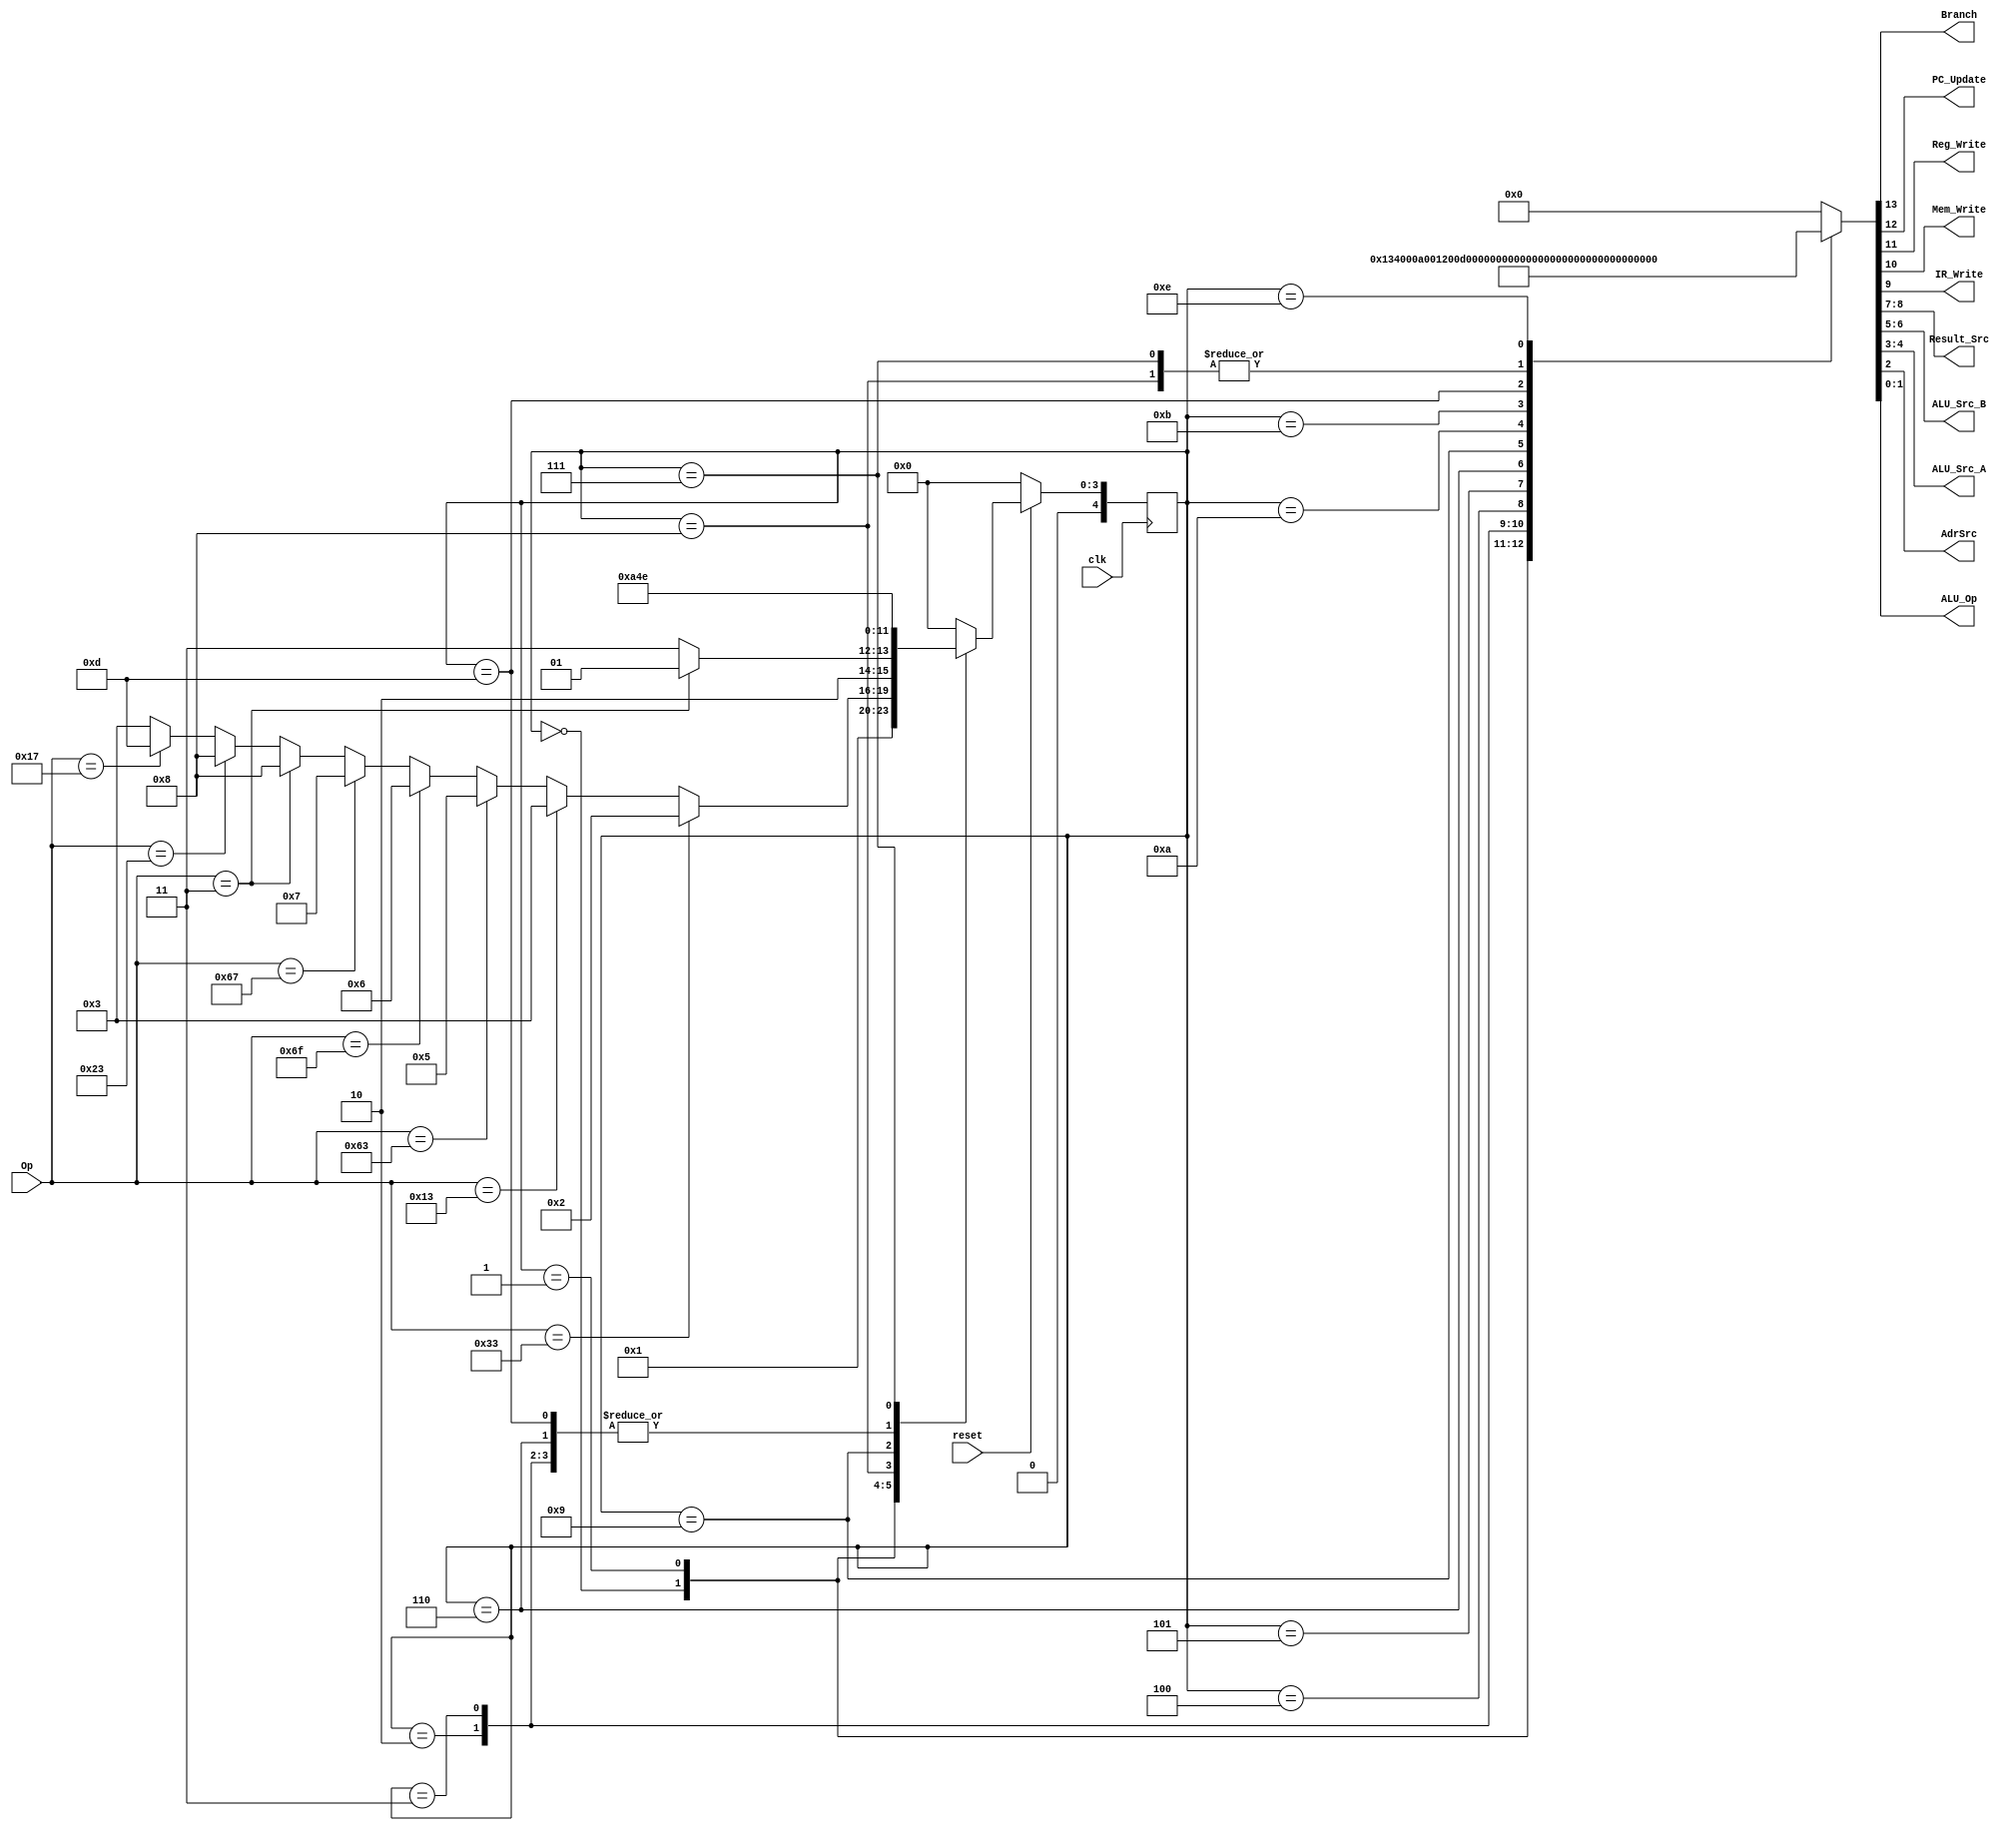
module Control_Signals
(
	input 			clk,
	input 			reset,
	input		[6:0]	Op,
	
	output			Branch,	
	output  			PC_Update,
	//output			I_or_D,
	output 			Reg_Write,
	output 			Mem_Write,
	output 			IR_Write,
	output	[1:0]	Result_Src,
	output 	[1:0]	ALU_Src_B,
	output 	[1:0]	ALU_Src_A,
	output			AdrSrc,
	output 	[1:0]	ALU_Op
);

	localparam	IF 		= 5'b00000,
					ID 		= 5'b00001,
					EX_R 		= 5'b00010,
					EX_I 		= 5'b00011,
					ALU_WB 	= 5'b00100,
					BEQ 		= 5'b00101,
					JAL 		= 5'b00110,
					JALR		= 5'b00111,
					LWSW		= 5'b01000,
					LW			= 5'b01001,
					M_WB		= 5'b01010,
					SW			= 5'b01011,
					M_WB2 	= 5'b01100,
					AUIPC		= 5'b01101,
					JALR_WB	= 5'b01110;
							
	reg	[4:0]		state;
	reg	[4:0]		next_state;
	reg	[13:0]	control_bus;
	
	always@(posedge clk) begin
		if(!reset)begin 
				state <= IF;
		end
 
		else begin 
				state <= next_state;
		end
	end
	
	always@(state or Op) begin
		control_bus = 14'b0_0_0_0_0_00_00_00_0_00;
		case (state)
			IF	:	begin
						control_bus = 14'b0_1_0_0_1_10_10_00_0_00;
						
						next_state = ID;
					end
						
			
			ID		:	begin
							control_bus = 14'b0_0_0_0_0_00_01_01_0_00;
							
							next_state = 	(Op == 7'b0110011) ? EX_R : 
												(Op == 7'b0010011) ? EX_I : 
												(Op == 7'b1100011) ? BEQ  :
												(Op == 7'b1101111) ? JAL  :
												(Op == 7'b1100111) ? JALR :
												(Op == 7'b0000011) ? LWSW :
												(Op == 7'b0100011) ? LWSW :
												(Op == 7'b0010111) ? AUIPC:EX_I;
						end
			
			EX_R	:	begin
							control_bus = 14'b0_0_0_0_0_00_00_10_0_10; //add
							
							next_state = ALU_WB;
						end

			EX_I	: 	begin
							control_bus = 14'b0_0_0_0_0_00_01_10_0_11; //addi

							next_state = ALU_WB;
						end

			ALU_WB:	begin
							control_bus = 14'b0_0_1_0_0_00_00_00_0_00;
							
							next_state = IF;
						end
						
			BEQ	 :	begin
							control_bus = 14'b1_0_0_0_0_00_00_10_0_01;
							
							next_state = IF;
						end
						
			
			JAL	:	begin
							control_bus = 14'b0_1_0_0_0_00_10_01_0_00;
							
							next_state = ALU_WB;
						end
			
			LWSW	:	begin
							control_bus = 14'b0_0_0_0_0_00_01_10_0_00;
							
							next_state = (Op == 7'b0000011) ? LW : SW;
						end
			
			LW		:	begin
							control_bus = 14'b0_0_0_0_0_00_00_00_1_00;
							
							next_state = M_WB;
						end
			
			M_WB	:	begin
							control_bus = 14'b0_0_1_0_0_01_00_00_0_00;
							
							next_state = IF;
						end
						
			SW		:	begin
							control_bus = 14'b0_0_0_1_0_00_00_00_1_00;
							
							next_state = IF;
						end
			
			AUIPC	:	begin
							control_bus = 14'b0_0_0_0_0_00_01_01_0_11;
							
							next_state = ALU_WB;
						end
						
			JALR	:	begin
							control_bus = 14'b0_0_0_0_0_00_01_10_0_00;
							
							next_state = JALR_WB;
							
						end
						
			JALR_WB:	begin
							control_bus = 14'b0_1_1_0_0_00_00_00_0_00;
							
							next_state = IF;
			
						end
				
			default	:	next_state = IF;
			
		endcase
	end
	
	assign Branch		= control_bus[13];
	assign PC_Update	= control_bus[12];
	assign Reg_Write	= control_bus[11];
	assign Mem_Write	= control_bus[10];
	assign IR_Write	= control_bus[9];
	assign Result_Src	= control_bus[8:7];
	assign ALU_Src_B	= control_bus[6:5];
	assign ALU_Src_A	= control_bus[4:3];
	assign AdrSrc 		= control_bus[2];
	assign ALU_Op 		= control_bus[1:0];
	
	//reg	[12:0]	control_bus;
	//control_bus = 14'b0_0_0_0_0_00_00_00_0_00
	//Fetch 		  = 14'b0_1_0_0_1_10_10_00_0_00
	//Decode		  = 14'b0_0_0_0_0_00_01_01_0_00
	//Execute_R	  = 14'b0_0_0_0_0_00_00_10_0_10
	//Execute_I	  = 14'b0_0_0_0_0_00_01_10_0_10
	//ALU_WB		  = 14'b0_0_1_0_0_00_00_00_0_00
	//Beq			  = 14'b1_0_0_0_0_00_00_10_0_01
	//Jal			  = 14'b0_1_0_0_0_00_10_01_0_00
	//LwSw		  = 14'b0_0_0_0_0_00_01_10_0_00
	//Lw			  = 14'b0_0_0_0_0_00_00_00_1_00
	//M_WB		  = 14'b0_0_1_0_0_01_00_00_0_00
	//SW			  = 14'b0_0_0_1_0_00_00_00_1_00
	//AUIPC		  = 14'b0_0_0_0_0_00_01_01_0_10 
	//JALR		  = 14'b0_0_0_0_0_01_01_01_0_00
	//JALR_WB	  = 14'b0_1_1_0_0_00_00_00_0_00
endmodule